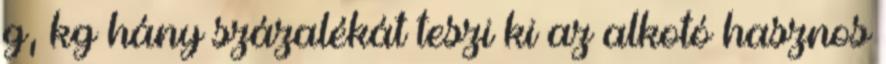
g, kg hány százalékát teszi ki az alkotó hasznos